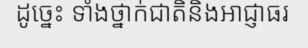
ដូច្នេះ ទាំងថ្នាក់ជាតិនិងអាជ្ញាធរ